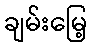
ချမ်းမြေ့